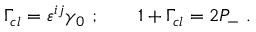
\Gamma _ { c l } = \varepsilon ^ { i j } \gamma _ { 0 } \ ; \qquad 1 + \Gamma _ { c l } = 2 { \cal P } _ { - } \ .